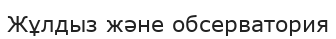
Жұлдыз және обсерватория